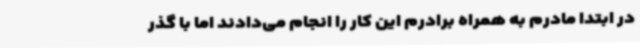
در ابتدا مادرم به همراه برادرم این کار را انجام می‌دادند اما با گذر